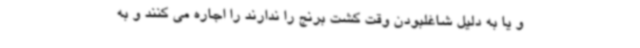
و یا به دلیل شاغلبودن وقت کشت برنج را ندارند را اجاره می کنند و به